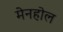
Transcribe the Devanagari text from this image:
मेनहोल